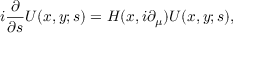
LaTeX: i \frac { \partial } { \partial s } U ( x , y ; s ) = H ( x , i \partial _ { \mu } ) U ( x , y ; s ) ,